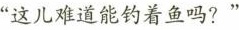
”这儿难道能钓着鱼吗?”